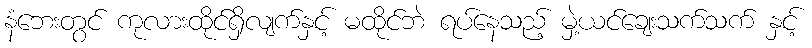
နံဘေးတွင် ကုလားထိုင်ရှိလျက်နှင့် မထိုင်ဘဲ ရပ်နေသည့် မှဲ့ယင်ချေးသက်သက် နှင့်